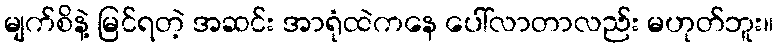
မျက်စိနဲ့ မြင်ရတဲ့ အဆင်း အာရုံထဲကနေ ပေါ်လာတာလည်း မဟုတ်ဘူး။